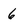
Character: 6